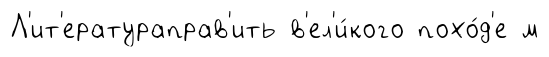
Л'ит'ератураправ'ить в'ел'и́кого похо́д'е м